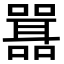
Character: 𭋾